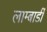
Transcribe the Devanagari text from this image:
लाम्बार्डी